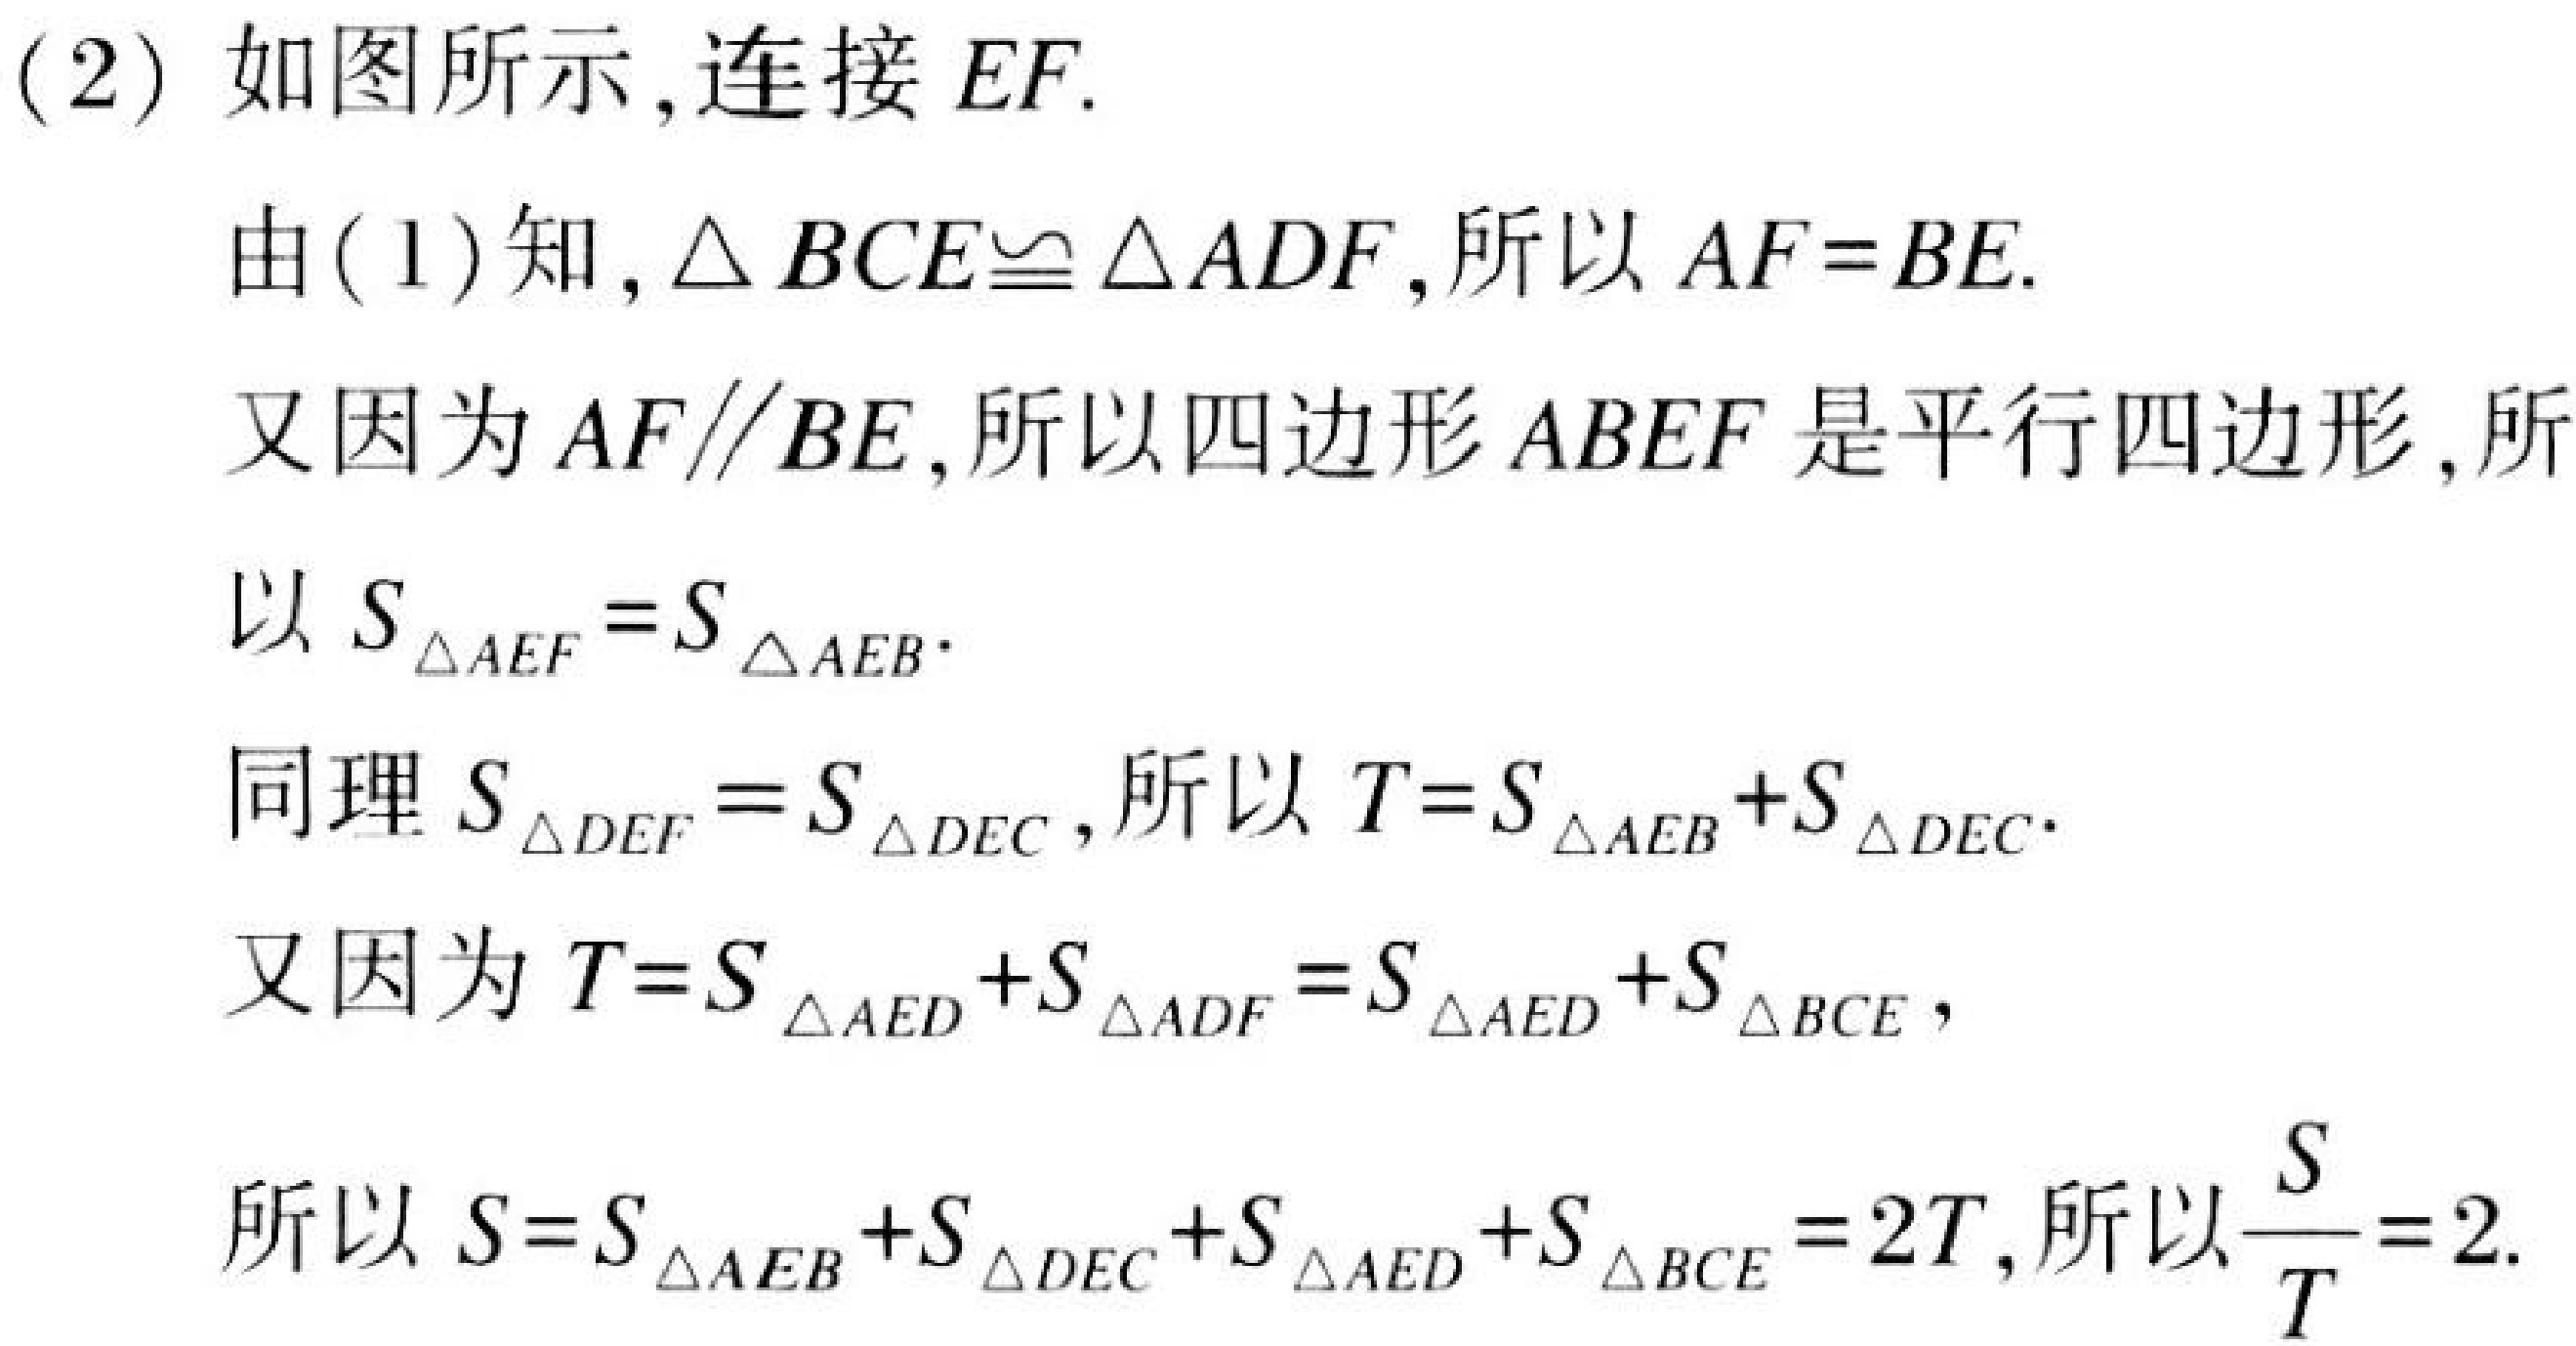
(2) 如图所示,连接 \(EF\).
由(1)知,\(\triangle BCE\cong\triangle ADF\),所以 \(AF = BE\).
又因为 \(AF\parallel BE\),所以四边形 \(ABEF\) 是平行四边形,所
以 \(S_{\triangle AEF}=S_{\triangle AEB}\).
同理 \(S_{\triangle DEF}=S_{\triangle DEC}\),所以 \(T = S_{\triangle AEB}+S_{\triangle DEC}\).
又因为 \(T = S_{\triangle AED}+S_{\triangle ADF}=S_{\triangle AED}+S_{\triangle BCE}\),
所以 \(S = S_{\triangle AEB}+S_{\triangle DEC}+S_{\triangle AED}+S_{\triangle BCE}=2T\),所以 \(\frac{S}{T}=2\).